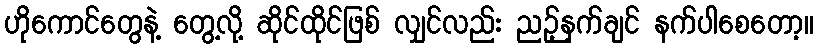
ဟိုကောင်တွေနဲ့ တွေ့လို့ ဆိုင်ထိုင်ဖြစ် လျှင်လည်း ညဉ့်နက်ချင် နက်ပါစေတော့။